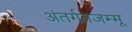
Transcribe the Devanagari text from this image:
अंतर्गतजम्मू